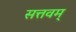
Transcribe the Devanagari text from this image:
सत्तवम्‌